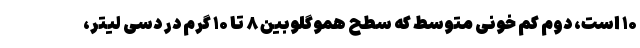
۱۰ است، دوم کم خونی متوسط که سطح هموگلوبین ۸ تا ۱۰ گرم در دسی لیتر،